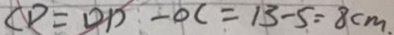
C D = O D - O C = 1 3 - 5 = 8 c m